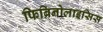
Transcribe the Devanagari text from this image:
फिब्रिनोलाइसिस